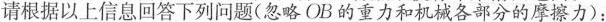
请根据以上信息回答下列问题(忽略OB的重力和机械各部分的摩擦力)：